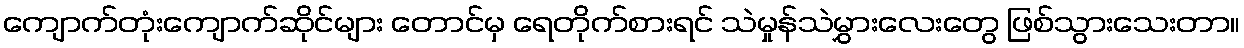
ကျောက်တုံးကျောက်ဆိုင်များ တောင်မှ ရေတိုက်စားရင် သဲမှုန်သဲမွှားလေးတွေ ဖြစ်သွားသေးတာ။